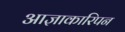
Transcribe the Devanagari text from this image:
आज्ञाकारिपन